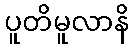
ပူတိမူလာနိ